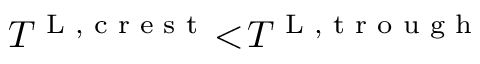
T ^ { \textnormal { L , c r e s t } } \! < \! T ^ { \textnormal { L , t r o u g h } }